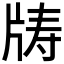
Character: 𪺣